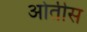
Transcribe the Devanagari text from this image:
ओर्तीस